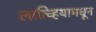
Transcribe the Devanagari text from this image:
लात्व्हियामधून